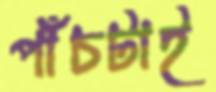
পাঁচটাই